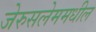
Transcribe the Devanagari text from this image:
जेरुसलेममधील